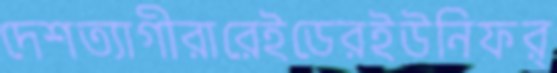
দেশত্যাগীরারেইডেরইউনিফর্